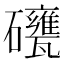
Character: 𥗯